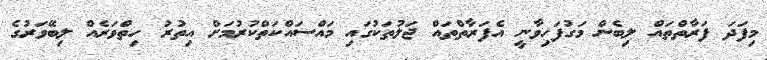
މިފަދަ ފަރާތްތައް ލިބެން މަގުފަހިވާނީ އެފަރާތްތައް ޖަލުތަކުގައި މައްސައްކަތްކުރުމަށް އިތުރު ހިތްވަރެއް ލިބޭވަރުގެ